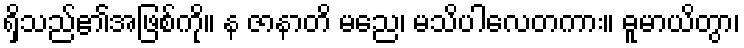
ရှိသည်၏အဖြစ်ကို။ န ဇာနာတိ မညေ၊ မသိပါလေတကား။ ဓူမာယိတွာ၊